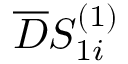
\overline { { D } } S _ { 1 i } ^ { ( 1 ) }